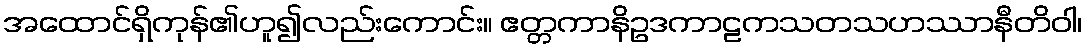
အထောင်ရှိကုန်၏ဟူ၍လည်းကောင်း။ ဧတ္တကာနိဥဒကာဠကသတသဟဿာနီတိဝါ၊